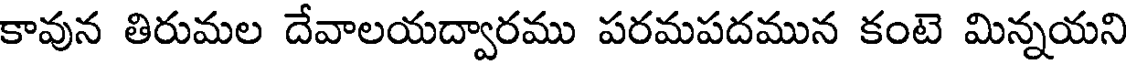
కావున తిరుమల దేవాలయద్వారము పరమపదమున కంటె మిన్నయని